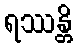
ရဿန္တိ